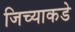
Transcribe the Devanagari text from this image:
जिच्याकडे